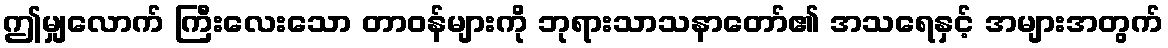
ဤမျှလောက် ကြီးလေးသော တာဝန်များကို ဘုရားသာသနာတော်၏ အသရေနှင့် အများအတွက်